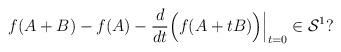
LaTeX: \begin{align*}f(A+B)-f(A)-\frac{d}{dt} \Big(f(A+tB)\Big)\Big|_{t=0} \in\mathcal S^1?\end{align*}